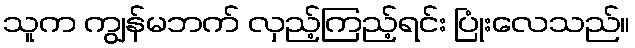
သူက ကျွန်မဘက် လှည့်ကြည့်ရင်း ပြုံးလေသည်။